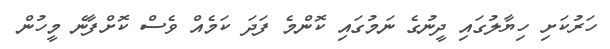
ހަރުކަށި ހިޔާލުގައި ދީނުގެ ނަމުގައި ކޮންމެ ފަދަ ކަމެއް ވެސް ކޮށްފާނެ މީހުން